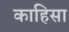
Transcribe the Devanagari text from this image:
काहिसा